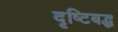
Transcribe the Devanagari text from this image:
दृष्टिबद्ध